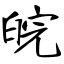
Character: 皖